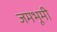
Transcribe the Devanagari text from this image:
जमभूमी